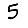
Digit: 5